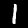
Label: 1